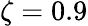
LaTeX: \zeta=0.9